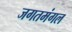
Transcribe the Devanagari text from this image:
जगतमंगल